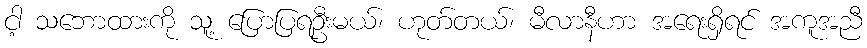
ငါ့ သဘောထားကို သူ့ ပြောပြရဦးမယ်၊ ဟုတ်တယ်၊ မီလာနီဟာ အရေးရှိရင် အကူအညီ